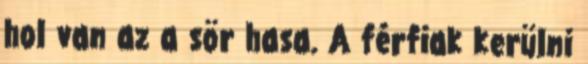
hol van az a sör hasa. A férfiak kerülni